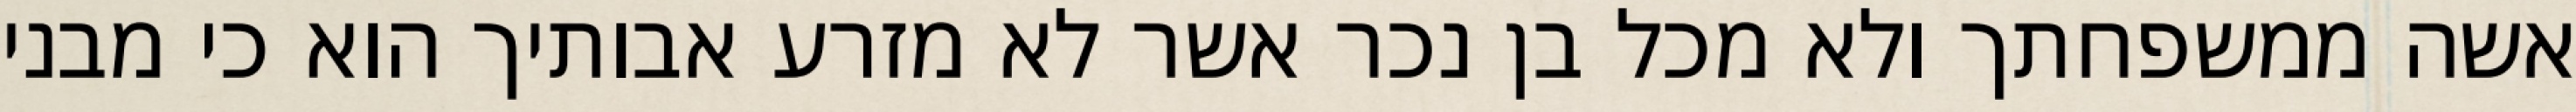
אשה ממשפחתך ולא מכל בן נכר אשר לא מזרע אבותיך הוא כי מבני